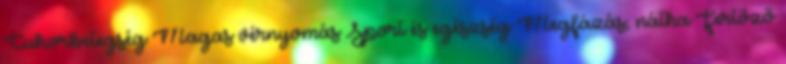
Cukorbetegség Magas vérnyomás Sport és egészség Megfázás, nátha Fertőző